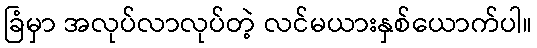
ခြံမှာ အလုပ်လာလုပ်တဲ့ လင်မယားနှစ်ယောက်ပါ။